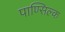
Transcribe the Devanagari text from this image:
पाण्सिल्क